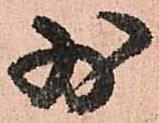
少